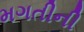
મગતીની